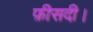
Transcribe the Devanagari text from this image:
फ़ीसदी।